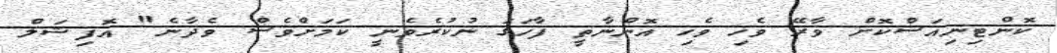
ކޮންޓިނިއަސްކޮށް ވާރޭ ވެހި ވެހި އޮންނާތީ ފާހަގަ ނުކުރެވެނީ ކަމަށްވެސް ވެދާނެ" އޮފިޝަލް